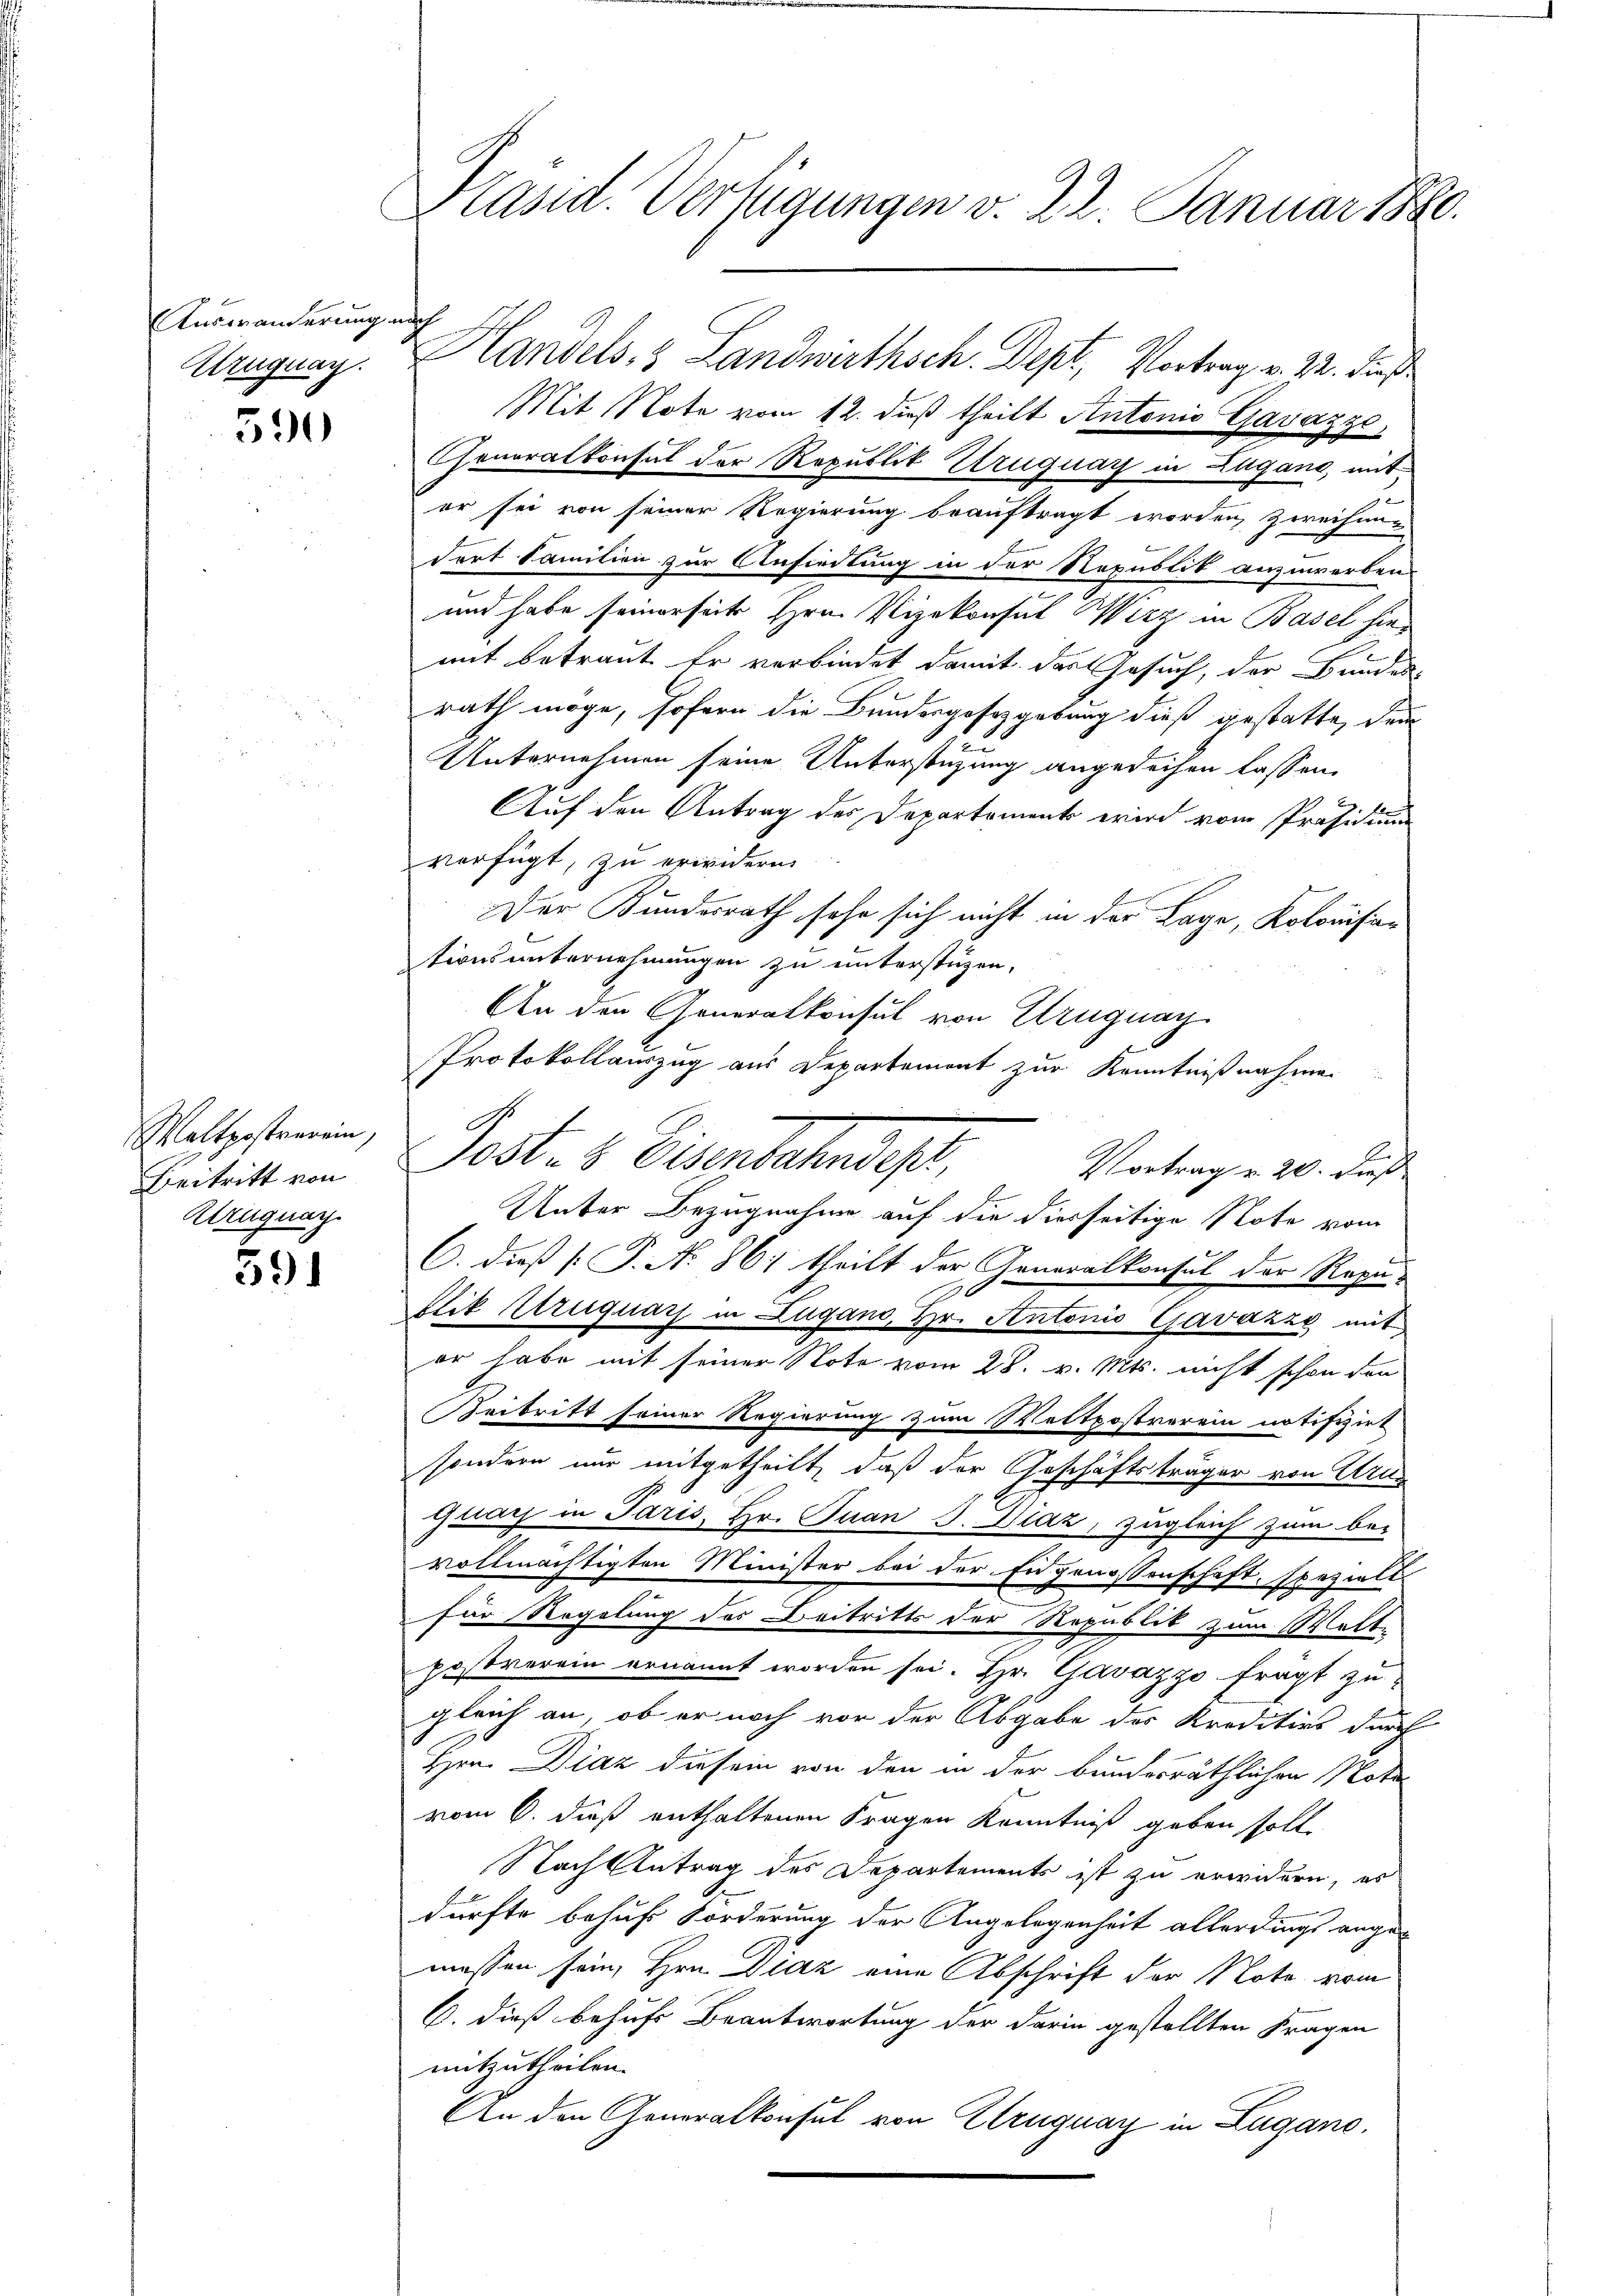
Auswänderung nach

590

Waltpostverein,
Beitritt von
Kezerquar

391

Präsid. Verfügungen v. 22. Januar 1880.

Mit Note vom 12. dieß theilt Antonio Gavazzo,
Cheneralkonsul der Republit Uruguay in Zugano, mit
er sei von seiner Regierung beauftragt worden zweihen-
dort Familien zur Ansiedlung in der Repustik anzuwerben
und habe seinerseits Hrn. Vizekonsul Wirz in Basel hie-
mit betraut. Er verbindet damit des Gesuch, der Bruder
rath möge, sofern die Bundesgesetzgebung dieß gestatte, dem
Unternehmen seine Unterstützung angedeihen lassen.
Auf den Antrag des Departement wird vom Präsidium
verfügt, zu erwidern
Der Bundesrath sehr sich nicht in der Lage, Kolonisationsunternehmungen zu unterstüzen,
An den Generalkonsul von Uruguay
Protokollauszug aus Departemont zur Kenntnißnahme
Post- & Eisenbahndep
Vortrag v. 20. dieß
Unter Bezugnahme auf die diesseitige Note vom
C. dieß [P. No 86; theilt der Generalkonsul der Repu
Elik Atriguars in Lugano, Hr. Antonio Gavazzo mit
er habe mit seiner Note vom 28. v. Mts. nicht schon den
Keibritt seiner Regierung zum Waltpostverein notifizirt
sondern nur mitgetheilt, daß der Geschäftsträger von Urug
quai in Paris, Hr. Juan J. Blaz, zugleich zum bei
vollmächtigten Minister bei der Engenossenschaft, spezielt
für Regelung des Beitritts der Republik zum Welt-
postverein ernannt worden sei. Hr. Gavazzo frägt zu
gleich an, ob er noch vor der Abgabe des Kreditios durch
Hrn. Diaz diesem von den in der bundesräthlichen Nota
vom 6. dieß enthaltenen Fragen Kenntniß geben solle
Nach Antrag des Departements ist zu erwidern, es
dürfte behufs Forderung der Angelegenheit allerdings angemessen sein, Hrn. Diaz eine Abschrift der Note vom
C. dieß behufs Beantwortung der darin gestellten Fragen
mitzutheilen.
An den Generalkonsul von Elruguay in Zugano,

Urugung. Handels- & Landwirthsch. Dept, Vortrag v. 22. dieß